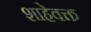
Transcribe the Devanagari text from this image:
शाहेवक्त